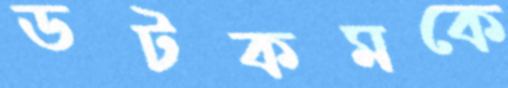
ডটকমকে